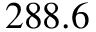
2 8 8 . 6